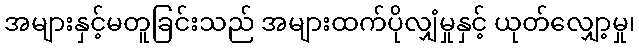
အများနှင့်မတူခြင်းသည် အများထက်ပိုလျှံမှုနှင့် ယုတ်လျှော့မှု၊